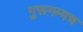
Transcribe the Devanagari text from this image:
गुरूगम्यच